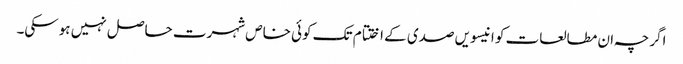
اگرچہ ان مطالعات کو انیسویں صدی کے اختتام تک کوئی خاص شہرت حاصل نہیں ہوسکی۔